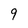
Character: 9